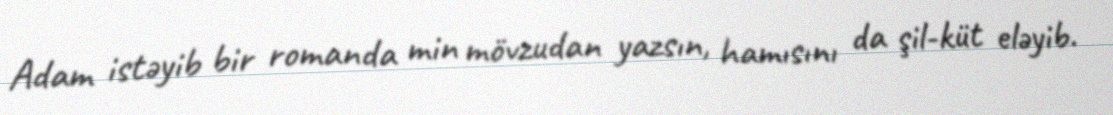
Adam istəyib bir romanda min mövzudan yazsın, hamısını da şil-küt eləyib.